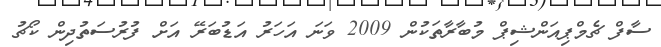
ސާފް ޗެމްޕިއަންޝިޕް މުބާރާތަކުން 2009 ވަނަ އަހަރު އަޑުބަރޭ އަށް ފުރުސަތުދިން ކޯޗު